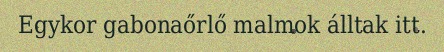
Egykor gabonaőrlő malmok álltak itt.